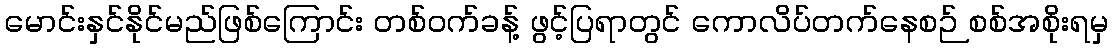
မောင်းနှင်နိုင်မည်ဖြစ်ကြောင်း တစ်ဝက်ခန့် ဖွင့်ပြရာတွင် ကောလိပ်တက်နေစဉ် စစ်အစိုးရမှ